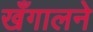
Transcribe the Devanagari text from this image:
खँगालने